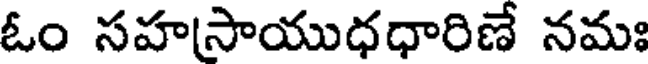
ఓం సహసాయుధధారిణే నమః